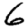
Digit: 6